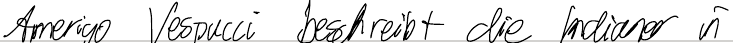
Amerigo Vespucci beschreibt die Indianer in